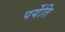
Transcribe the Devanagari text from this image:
पर्येति